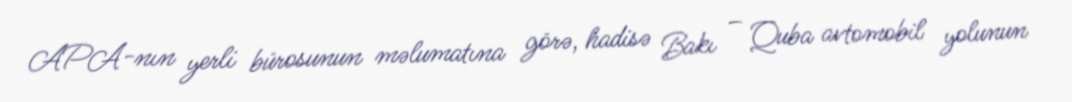
APA-nın yerli bürosunun məlumatına görə, hadisə Bakı – Quba avtomobil yolunun